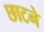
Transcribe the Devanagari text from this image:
छाटने